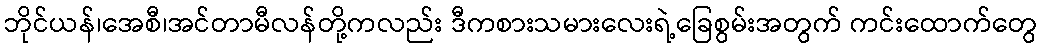
ဘိုင်ယန်၊အေစီ၊အင်တာမီလန်တို့ကလည်း ဒီကစားသမားလေးရဲ့ခြေစွမ်းအတွက် ကင်းထောက်တွေ